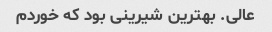
عالی. بهترین شیرینی بود که خوردم